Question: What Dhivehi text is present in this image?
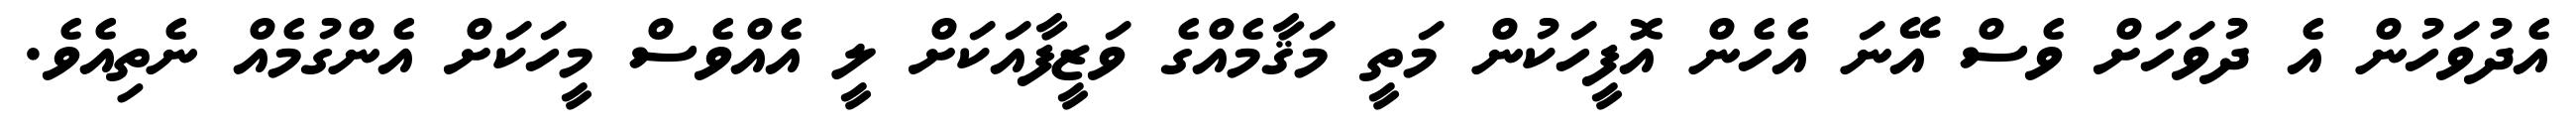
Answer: އެދުވަހުން އެ ދުވަހަށް ވެސް އޭނަ އެހެން އޮފީހަކުން މަތީ މަޤާމެއްގެ ވަޒީފާއަކަށް ލީ އެއްވެސް މީހަކަށް އެންގުމެއް ނެތިއެވެ.